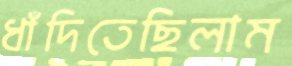
ধাঁদিতেছিলাম